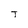
Character: T